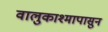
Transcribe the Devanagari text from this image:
वालुकाश्मापासुन